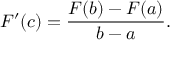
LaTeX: F ^ { \prime } ( c ) = { \frac { F ( b ) - F ( a ) } { b - a } } .